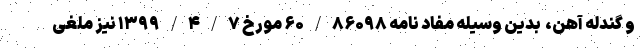
و گندله آهن، ‌ بدین وسیله مفاد نامه ۶۰/۸۶۰۹۸ مورخ ۱۳۹۹/۴/۷ نیز ملغی